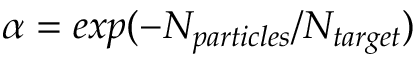
\alpha = e x p ( - N _ { p a r t i c l e s } / N _ { t a r g e t } )